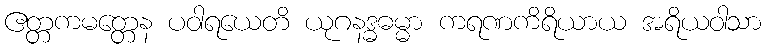
ဧတ္တကမတ္တေန ပဝါရယေတိ ယုဂနဒ္ဓဓမ္မာ ကရဏကိရိယာယ အရိယဝါသာ